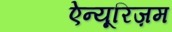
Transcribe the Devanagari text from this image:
ऐन्यूरिज़म